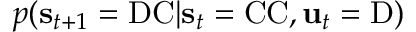
p ( \mathbf { s } _ { t + 1 } = \mathrm { D C } | \mathbf { s } _ { t } = \mathrm { C C } , \mathbf { u } _ { t } = \mathrm { D } )